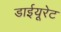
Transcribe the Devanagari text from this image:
डाईयूरेट